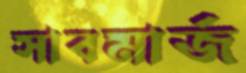
সাবমার্জ